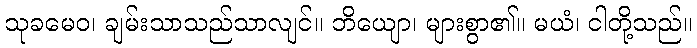
သုခမေဝ၊ ချမ်းသာသည်သာလျင်။ ဘိယျော၊ များစွာ၏။ မယံ၊ ငါတို့သည်။